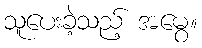
သူပေးခဲ့သည့် အမွေ။